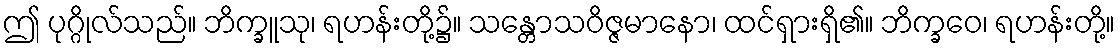
ဤ ပုဂ္ဂိုလ်သည်။ ဘိက္ခူသု၊ ရဟန်းတို့၌။ သန္တောသဝိဇ္ဇမာနော၊ ထင်ရှားရှိ၏။ ဘိက္ခဝေ၊ ရဟန်းတို့။